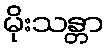
မိုးသန္တာ